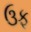
ઉફ